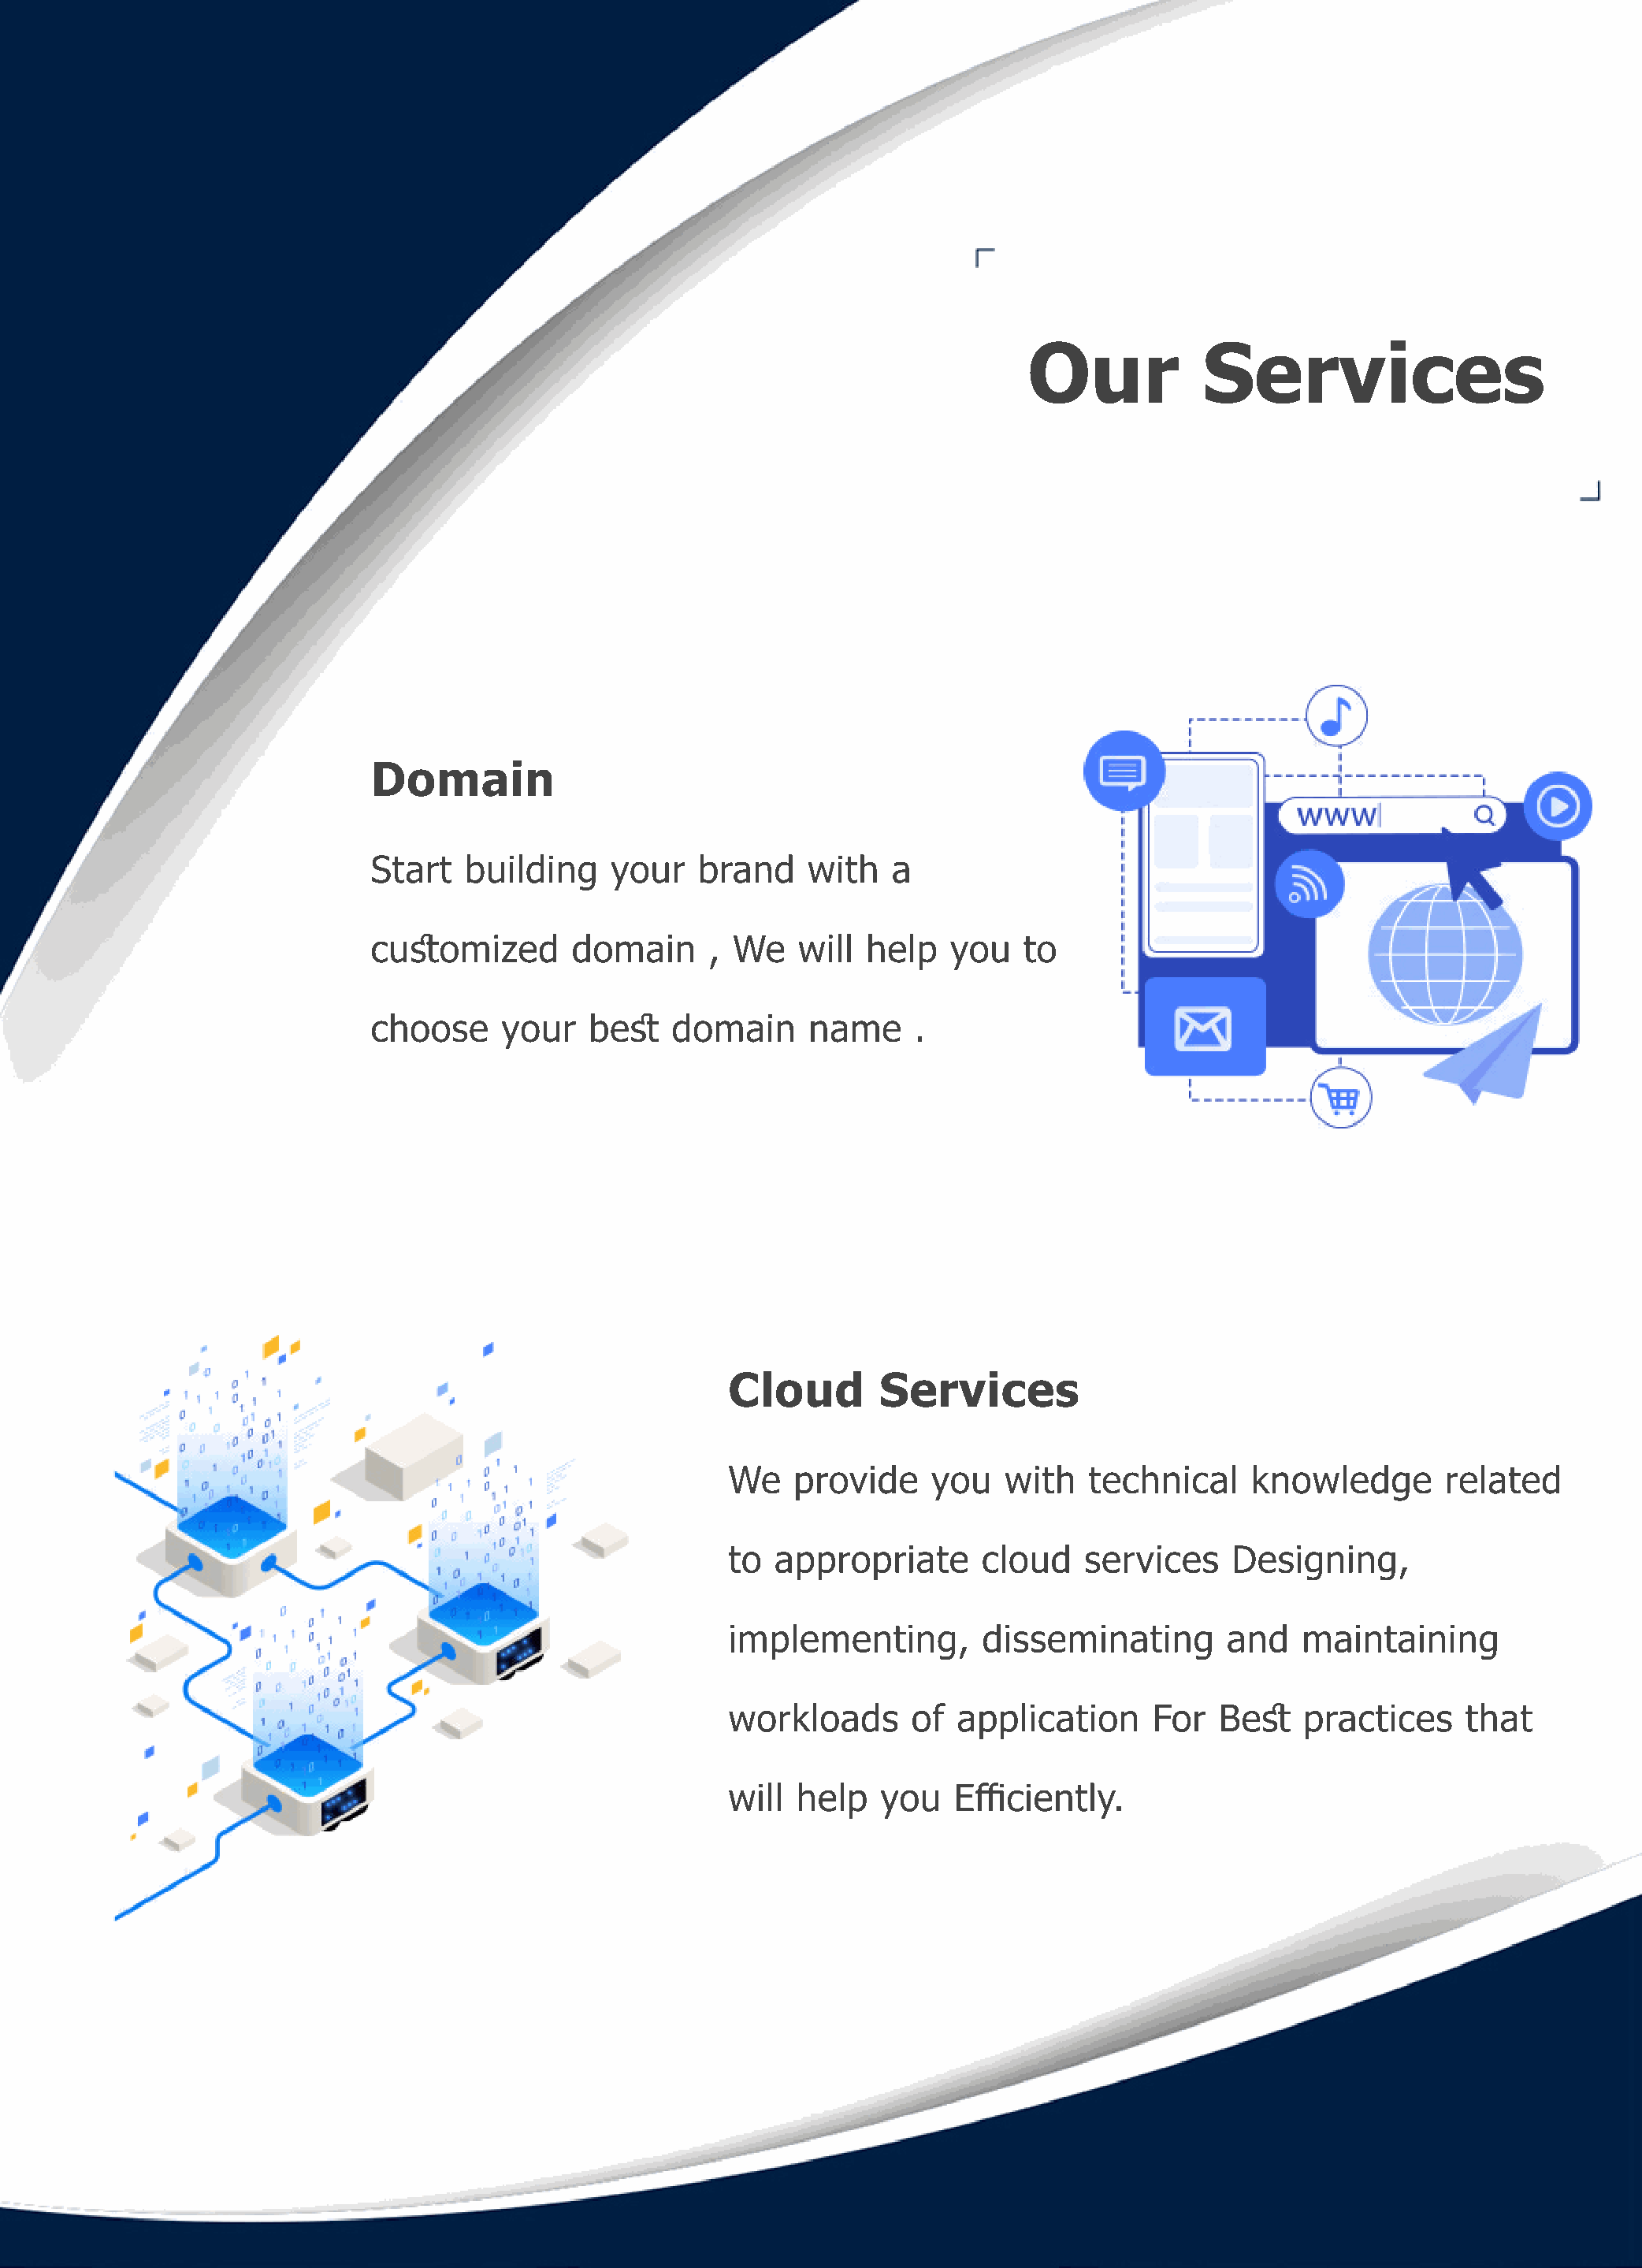
Our            Services
 Domain
 Start   building    your    brand    with   a
 customized       domain      , We   will  help   you   to
 choose     your   best   domain      name     .
 Cloud        Services
 We    provide    you   with   technical     knowledge       related
 to  appropriate      cloud    services    Designing,
 implementing,         disseminating       and   maintaining
 workloads       of application      For  Best   practices     that
 will  help   you   Efficiently.